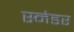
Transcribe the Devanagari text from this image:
स्नेडर